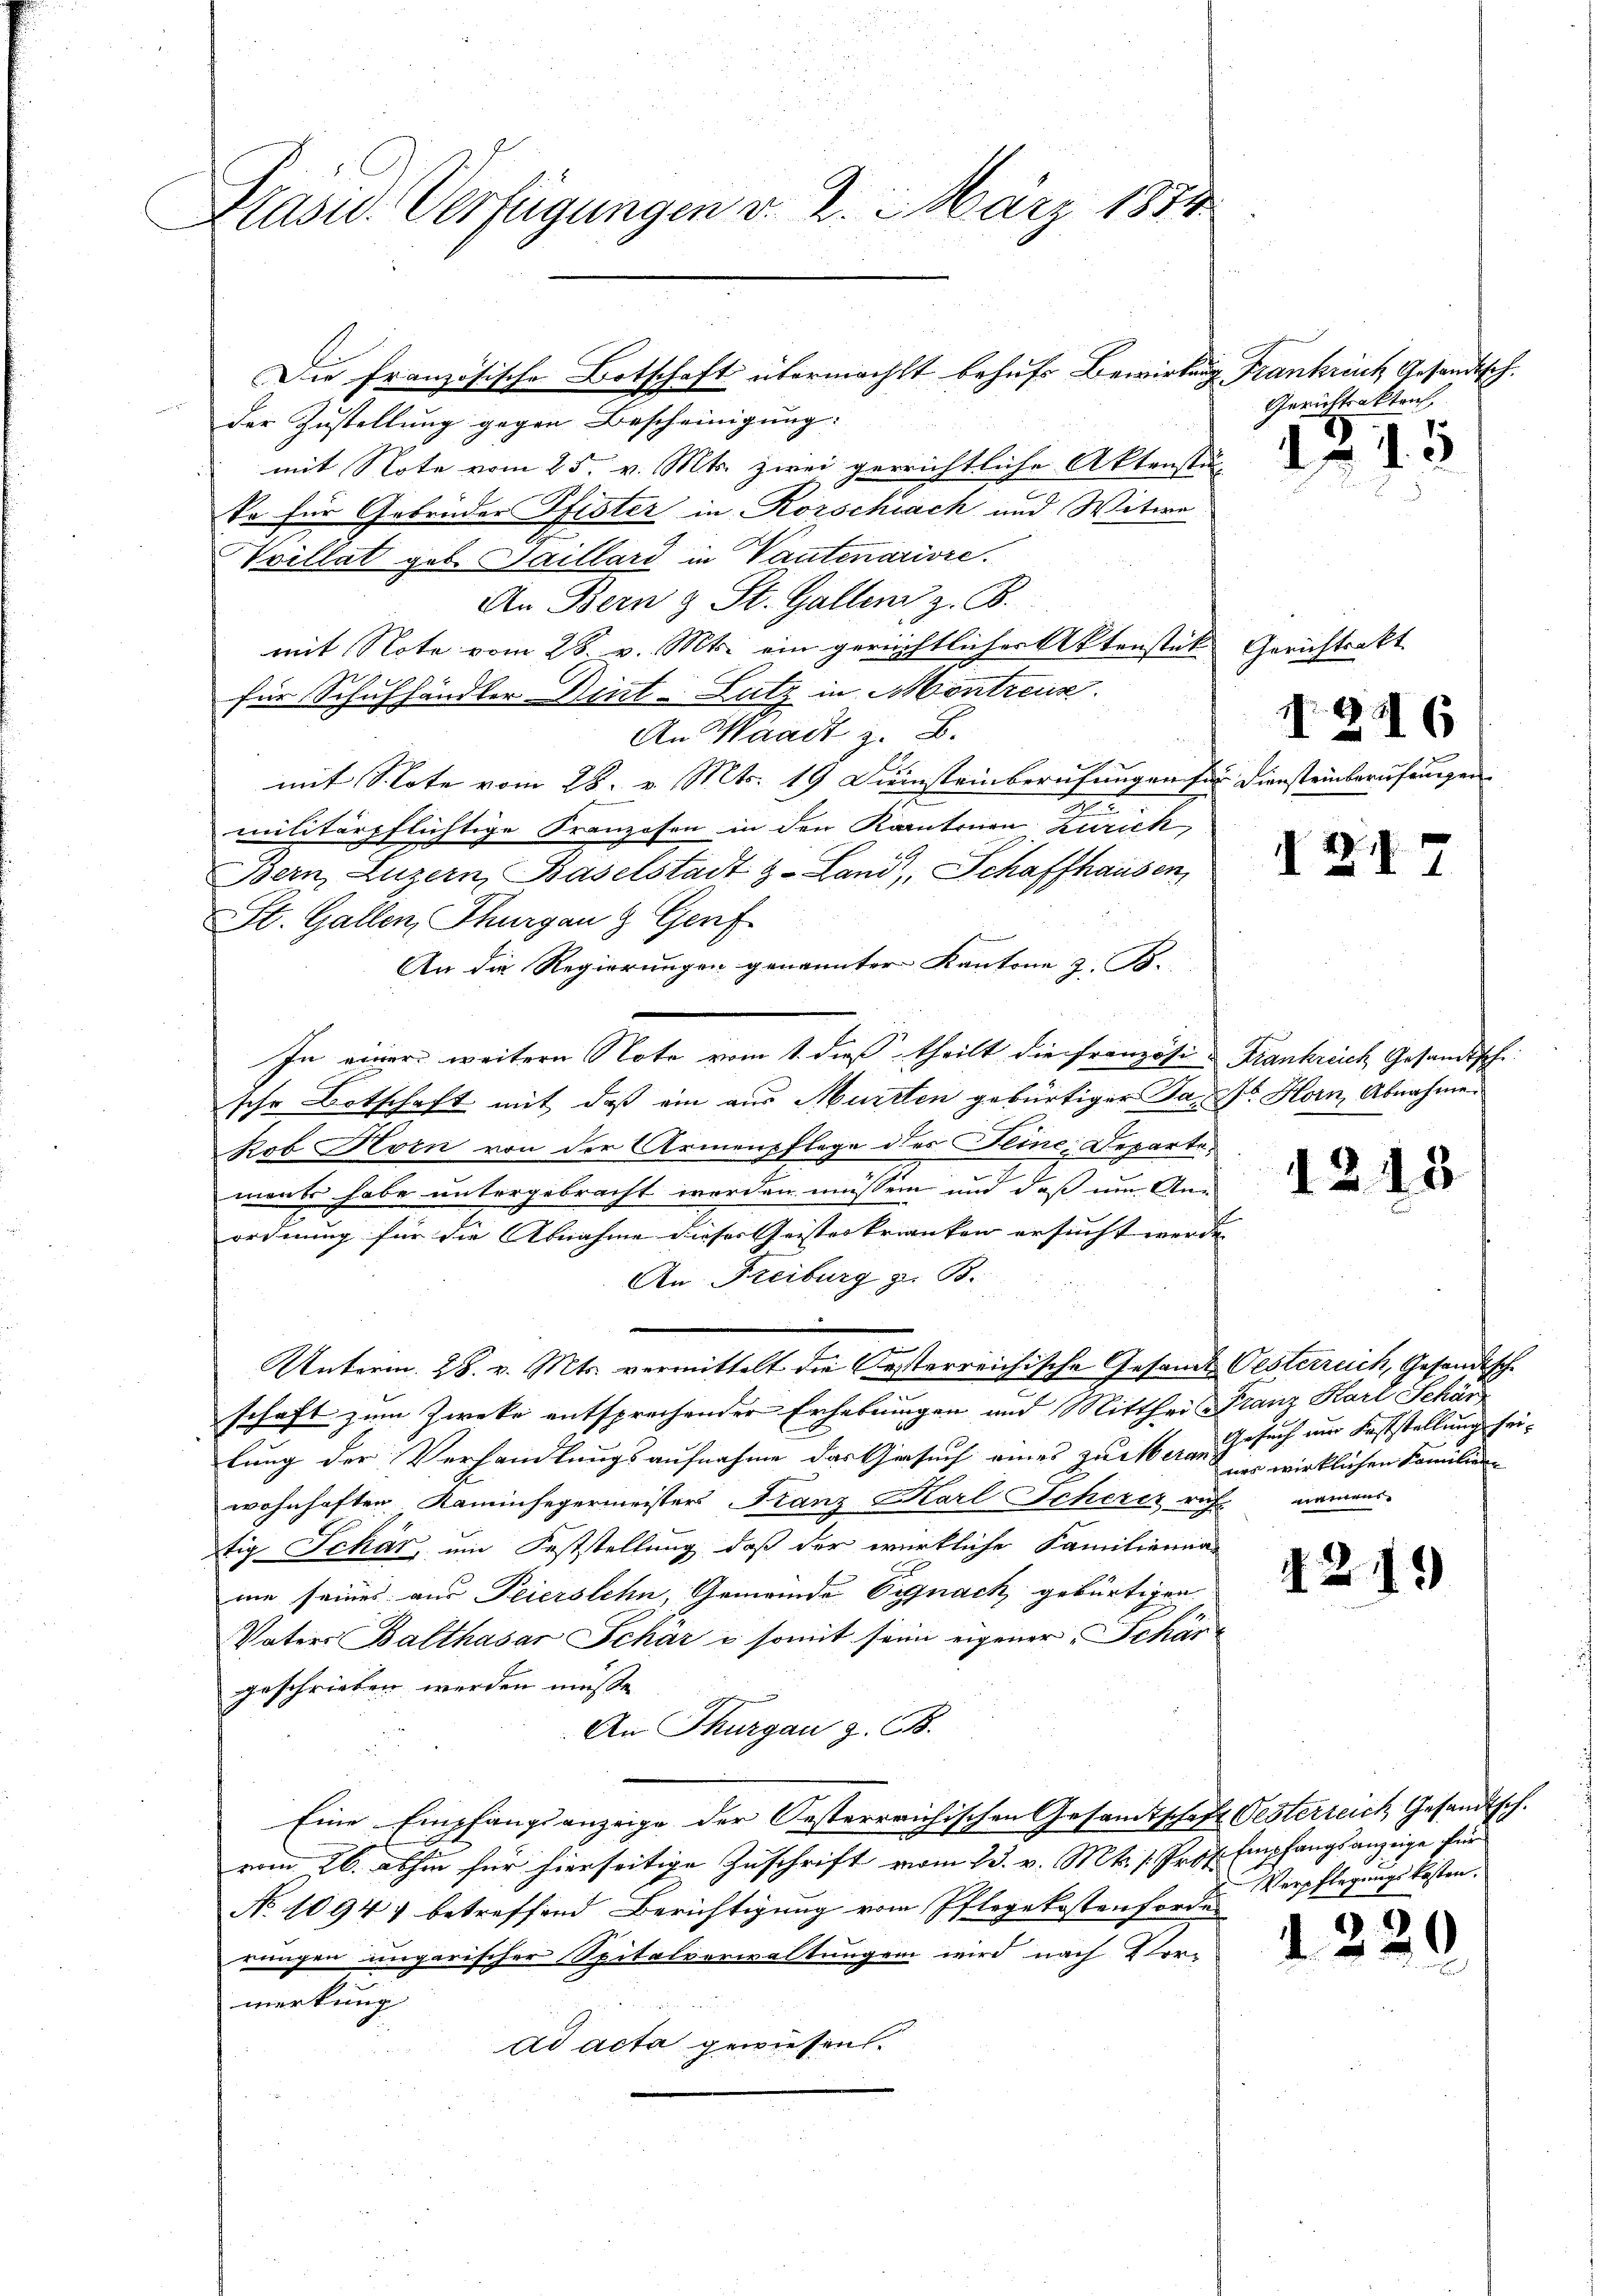
Präsid. Verfügungen v. 2. 3. März 1854

der Zustellung gegen Bescheinigung:
mit Note vom 25. v. Mts. zwei gerichtliche Aktenstüc
ke für Gebrüder Pfister in Rorschwach und Witwe
Vvellat geb. Saillard in Vautmariore.
An Bern & St. Gallen z. B.
mit Note vom 28. v. Mts. ein gerichtlicher Aktenstück Gerichtsakt
für Schuhhändler Dint-Lutz in Montreuse.
An Waadt z. B.
u
mit S. tote vom 28. v. Mts. 19 Diensteinberufungen für Diensteinberufungen
militärpflichtige Franzosen in der Kantonen Zürich,
Bern, Luzern, Baselstadt z. Lani, Schaffhausen,
St. Gallen, Thurgau & Genf
An die Regierungen genannter Kantone z. B.
In einer weitern Note vom 1. dieß theilt die Französi- Frankreich Gesandtsche
sche Botschaft mit daß ein aus Murten gebürtiger Par Horn, Abnahme
kob Horn von der Armenpflege des Pline Departement habe untergebracht werden müssen und daß um An-
ordnung für die Abnahme dieser Geisteskranken ersucht werde. |
An Freiburg z. B.
n
Unterm 28. v. Mts. vermittelt die Oesterreichische Gesandt Oesterreich, Gesandtsche
schaft zum Zwecke entsprechender Erhebungen und Mitthei Franz Karl Schär
lung der Verhandlungsaufnahme das Gesuch eines zu veran Gesuch nur Feststellung seiwohnhaften Kaminfegermeister Franz Karl Scherer ruh
tig Schär, um Feststellung, daß der wirkliche Familienun
me seines aus Feierstehn, Gemeinde Eignach gebürtigen
Vaters Balthasar Schär & somit seine eigener Schär
geschrieben werden müsse.
An Thurgau z. B.
Eine Empfangsanzeige der Oesterreichischen Gesamtschaft Oesterreich Gesandtsch.
vom 26. abhin für hierseitige Zuschrift vom 23. v. Mts. s. Prof. Empfangsanzeige für
No 1094. betreffend Berichtigung vom Pflegekostenforder
rungen ungarischer Spitalverwaltungen wird nach Vor-
merkung
ad acta gewiesen.

Die französische Botschaft übermacht behufs Bewirkung Frankreich Gesandtsch.

Gerichtsakten

1.15

N 22

12.

4

N 226

nes wirklichen Familien-
mens

)

Verpflegungskosten,

1220